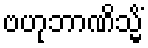
ဗဟုဘာဏိသ္မိံ